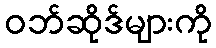
ဝဘ်ဆိုဒ်များကို